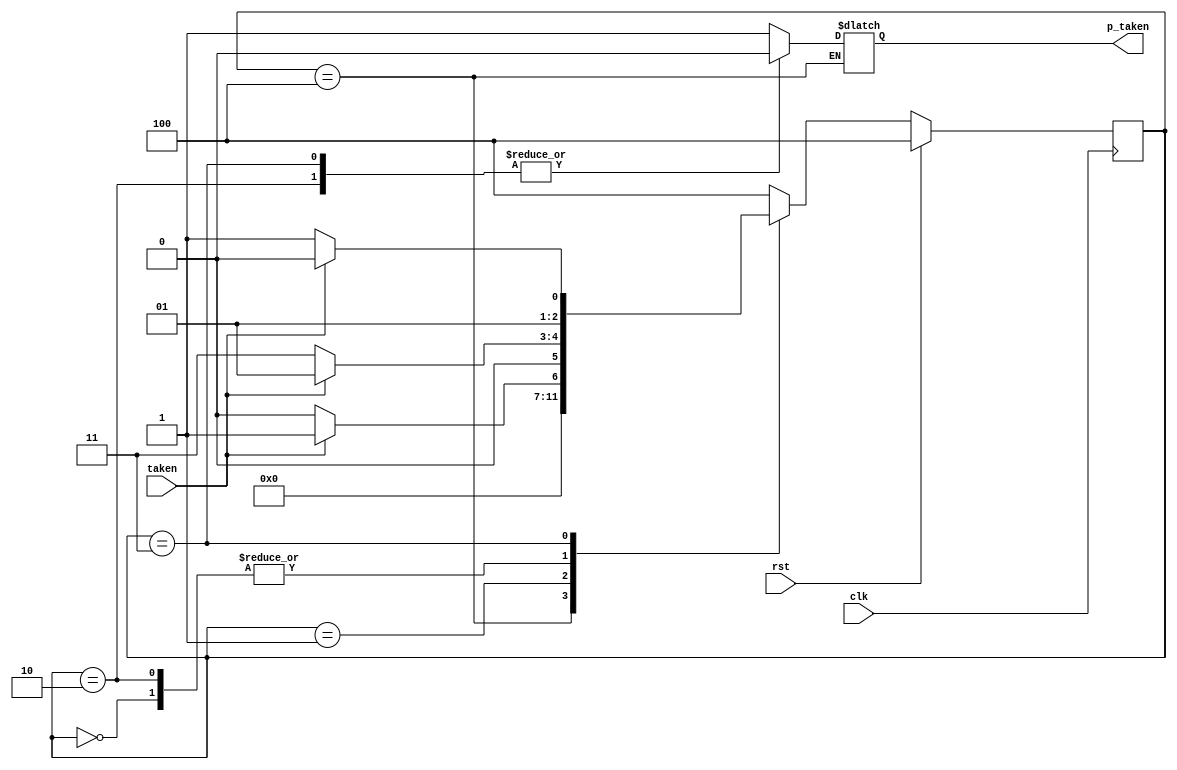
module branch_pred(clk, rst, taken,p_taken);

input       clk, rst;
input       taken;
output      p_taken;

parameter s0 = 3'b000,
          s1 = 3'b001,
          s2 = 3'b010,
          s3 = 3'b011,
          s4 = 3'b100;

reg [2:0]cs,ns;
reg p_taken;

always@(posedge clk)begin
        if(rst) begin
            cs <= s4;
        end          
        else 
            cs <= ns;
end
always @(cs or taken) begin
    case(cs)
        s4:
            ns = s0;
        s0:begin//taken1
            if(taken==1'b1)
                ns = s1;
            else
                ns = s3;
        end
        s1:begin//taken2
            if(taken==1'b1)
                ns = s1;
            else
                ns = s0;
        end
        s2:begin//not taken1
            if(taken==1'b1)
                ns = s1;
            else
                ns = s3;
        end
        s3:begin//not taken2
            if(taken==1'b1)
                ns = s2;
            else
                ns = s3;
        end
        default:
            ns = s4;
    endcase
end

always @(cs) begin
    case(cs)
        s4: begin
          
        end
            
        s0:
            p_taken = 1'b1;
        s1:
            p_taken = 1'b1;
        s2:
            p_taken = 1'b0;
        s3:
            p_taken = 1'b0;
        default:
            p_taken = 1'b1;    
    endcase
end



endmodule